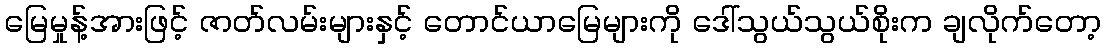
မြေမှုန့်အားဖြင့် ဇာတ်လမ်းများနှင့် တောင်ယာမြေများကို ဒေါ်သွယ်သွယ်စိုးက ချလိုက်တော့